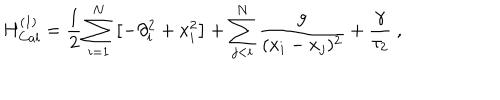
H _ { C a l } ^ { ( 1 ) } = { \frac { 1 } { 2 } } \sum _ { i = 1 } ^ { N } \left[ - \partial _ { i } ^ { 2 } + x _ { i } ^ { 2 } \right] + \sum _ { j < i } ^ { N } \frac g { ( x _ { i } - x _ { j } ) ^ { 2 } } + \frac { \gamma } { \tau _ { 2 } } \ ,